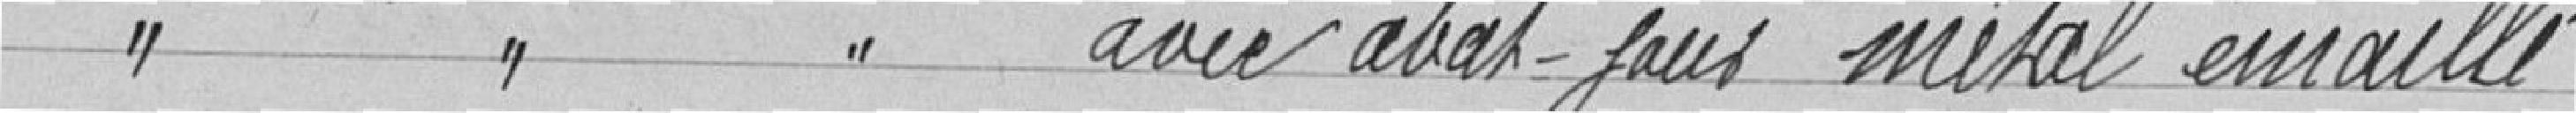
Lyres simples laiton, avec abat-jours métal émaillé